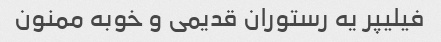
فیلیپر یه رستوران قدیمی و خوبه ممنون